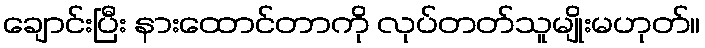
ချောင်းပြီး နားထောင်တာကို လုပ်တတ်သူမျိုးမဟုတ်။